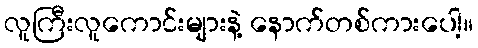
လူကြီးလူကောင်းများနဲ့ နောက်တစ်ကားပေါ့။